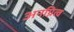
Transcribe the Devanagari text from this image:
अनग्नित्व